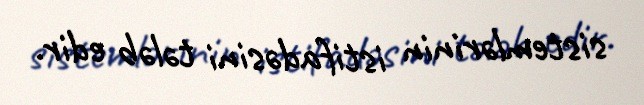
sistemlərinin istifadəsini tələb edir.